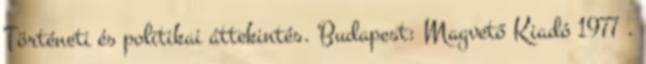
Történeti és politikai áttekintés. Budapest: Magvető Kiadó 1977 .